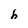
Character: h